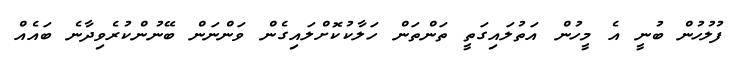
ފުލުހުން ބުނީ އެ މީހުން އަތުލައިގަތީ ތަންތަން ހަލާކުކޮށްލައިގެން ވަންނަން ބޭނުންކުރެވިދާނެ ބައެއް